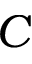
C